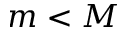
m < M